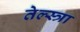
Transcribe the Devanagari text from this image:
तेल्स्त्रा